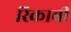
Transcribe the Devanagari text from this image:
रिकाबी